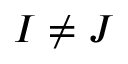
I \ne J